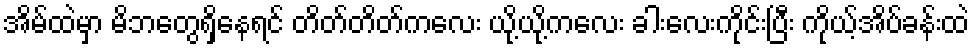
အိမ်ထဲမှာ မိဘတွေရှိနေရင် တိတ်တိတ်ကလေး ယို့ယို့ကလေး ခါးလေးကိုင်းပြီး ကိုယ့်အိပ်ခန်းထဲ